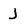
Character: j